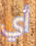
أي